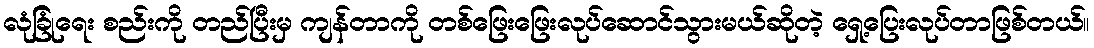
လုံခြုံရေး စည်းကို တည်ပြီးမှ ကျန်တာကို တစ်ဖြေးဖြေးလုပ်ဆောင်သွားမယ်ဆိုတဲ့ ရှေ့ပြေးလုပ်တာဖြစ်တယ်။